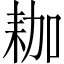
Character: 耞